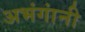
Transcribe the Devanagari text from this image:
अभंगांनी